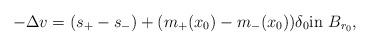
LaTeX: \begin{align*}-\Delta v=(s_+-s_-)+(m_+(x_0)-m_-(x_0))\delta_0\mbox{in $B_{r_0}$},\end{align*}